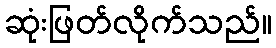
ဆုံးဖြတ်လိုက်သည်။